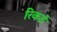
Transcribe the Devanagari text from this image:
रिकर्ड